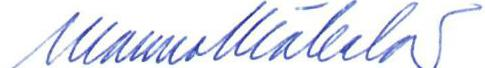
Mauno Mäkelä